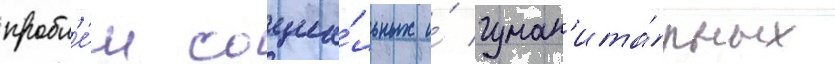
пробл'е́м социа́льных и́ гуман'ита́рных